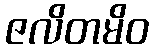
ဇလိတမိဝ